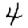
Digit: 4